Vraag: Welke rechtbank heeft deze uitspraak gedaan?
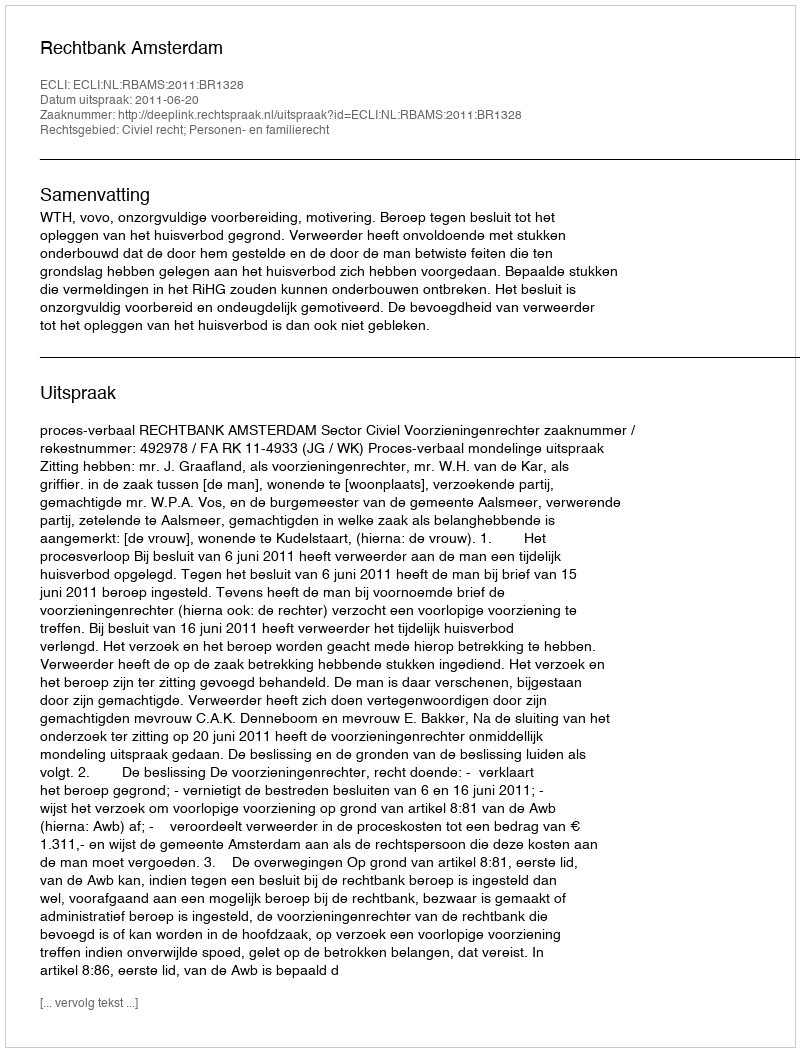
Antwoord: Rechtbank Amsterdam